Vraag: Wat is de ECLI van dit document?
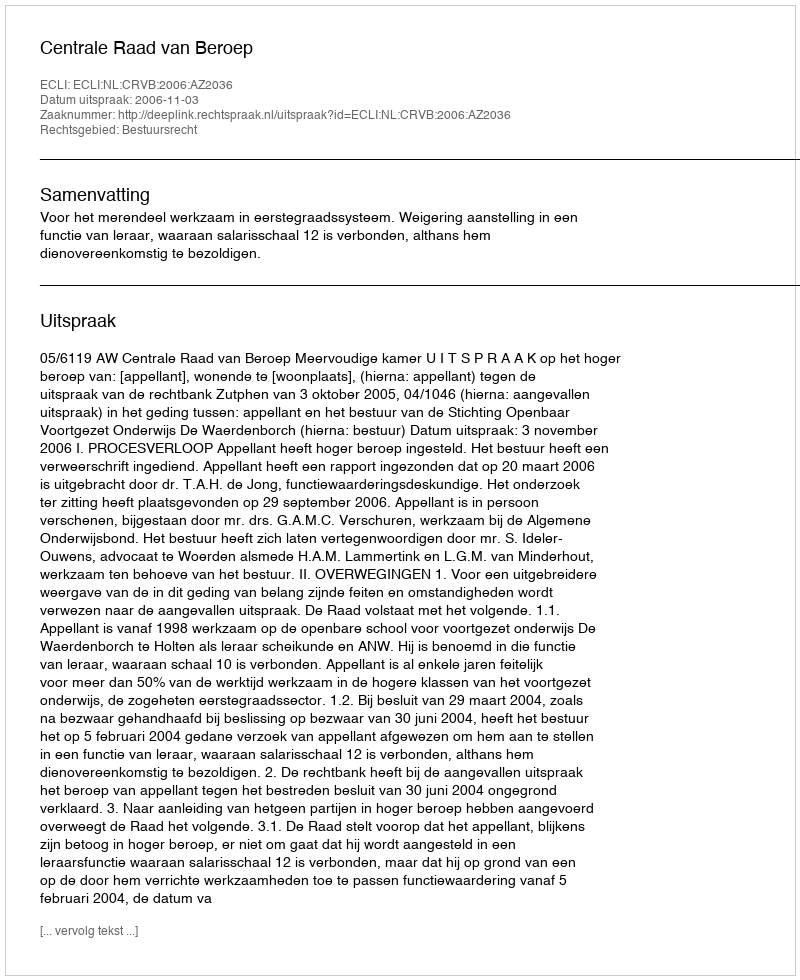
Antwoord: ECLI:NL:CRVB:2006:AZ2036